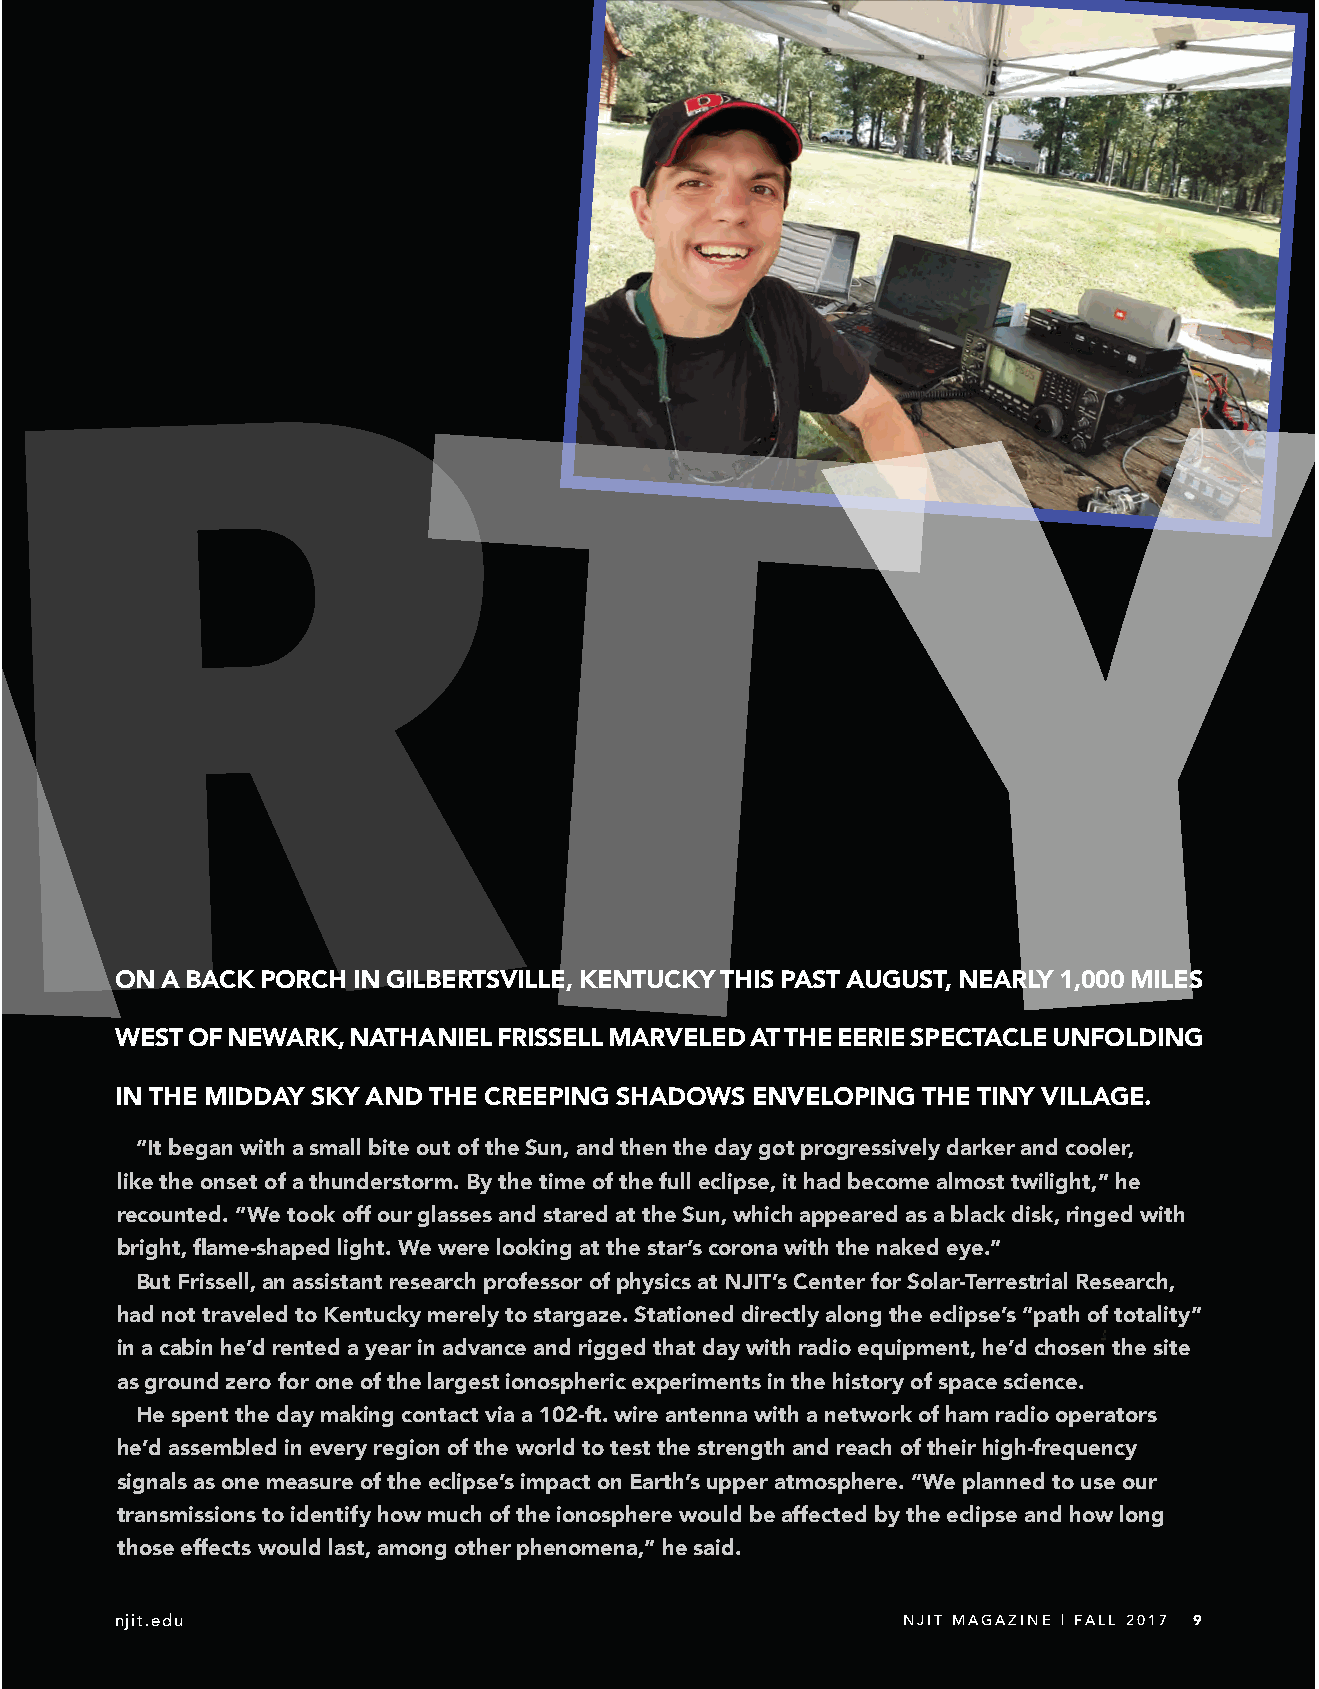
eclipse
 R
 Y
 A
 T
 ON A BACK PORCH IN GILBERTSVILLE, KENTUCKY THIS PAST AUGUST, NEARLY 1,000 MILES
 WEST OF NEWARK, NATHANIEL FRISSELL MARVELED AT THE EERIE SPECTACLE UNFOLDING
 IN THE MIDDAY SKY AND THE CREEPING SHADOWS ENVELOPING THE TINY VILLAGE.
 “It began with a small bite out of the Sun, and then the day got progressively darker and cooler,
 like the onset of a thunderstorm. By the time of the full eclipse, it had become almost twilight,” he
 recounted. “We took off our glasses and stared at the Sun, which appeared as a black disk, ringed with
 bright, flame-shaped light. We were looking at the star’s corona with the naked eye.”
 But Frissell, an assistant research professor of physics at NJIT’s Center for Solar-Terrestrial Research,
 had not traveled to Kentucky merely to stargaze. Stationed directly along the eclipse’s “path of totality”
 in a cabin he’d rented a year in advance and rigged that day with radio equipment, he’d chosen the site
 as ground zero for one of the largest ionospheric experiments in the history of space science.
 He spent the day making contact via a 102-ft. wire antenna with a network of ham radio operators
 he’d assembled in every region of the world to test the strength and reach of their high-frequency
 signals as one measure of the eclipse’s impact on Earth’s upper atmosphere. “We planned to use our
 transmissions to identify how much of the ionosphere would be affected by the eclipse and how long
 those effects would last, among other phenomena,” he said.
 njit.edu                                            NJIT MAGAZINE | FALL 2017 9